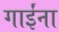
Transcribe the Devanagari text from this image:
गाईंना